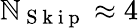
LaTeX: \mathbb{N}_{\mathrm{{~S~k~i~p~}}}\approx4